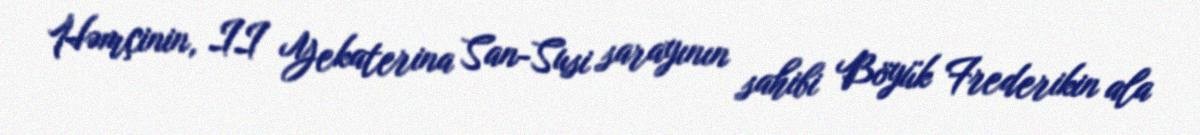
Həmçinin, II Yekaterina San-Susi sarayının sahibi Böyük Frederikin ala